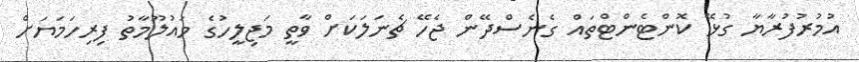
އުމުރުފުރާޔާ ގުޅޭ ކޮންޓެންޓްތައް ގެނެސްދޭން ޖެހޭ ޗެނަލަކަށް ވާތީ މަޖިލީހުގެ މައުލޫމާތު ފިރިހަމަޔަށް